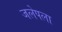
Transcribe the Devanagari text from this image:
जलेपला